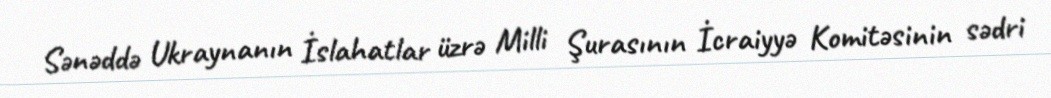
Sənəddə Ukraynanın İslahatlar üzrə Milli Şurasının İcraiyyə Komitəsinin sədri